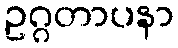
ဥဂ္ဂတာပနာ